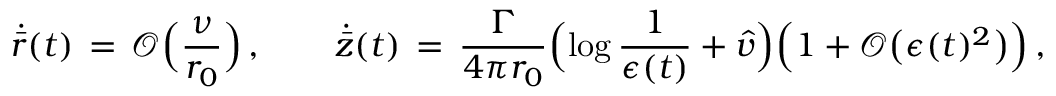
\dot { \bar { r } } ( t ) \, = \, \mathcal { O } \Bigl ( \frac { \nu } { r _ { 0 } } \Bigr ) \, , \qquad \dot { \bar { z } } ( t ) \, = \, \frac { \Gamma } { 4 \pi r _ { 0 } } \Bigl ( \log \frac { 1 } { \epsilon ( t ) } + \hat { v } \Bigr ) \Bigl ( 1 + \mathcal { O } \bigl ( \epsilon ( t ) ^ { 2 } \bigr ) \Bigr ) \, ,